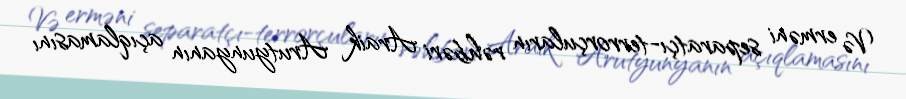
Və erməni separatçı-terrorçuların rəhbəri Araik Arutyunyanın açıqlamasını